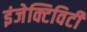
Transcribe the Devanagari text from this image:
इंजेक्टिविटी